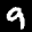
Label: 9